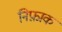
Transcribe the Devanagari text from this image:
निफ़ाक